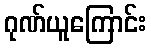
ဂုဏ်ယူကြောင်း